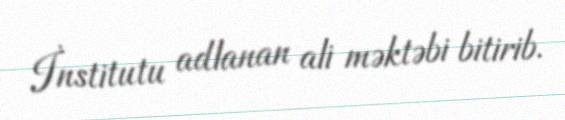
İnstitutu adlanan ali məktəbi bitirib.